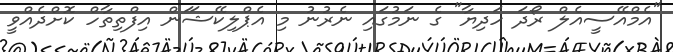
"އެމްއޭސީއެލް ރޯދަ ހަދިޔާ" ގެ ނަމުގައި ނެރުނު މި އެޕްލިކޭޝަަން އިފްތިތާހް ކޮށްދެއްވީ